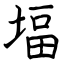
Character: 堛